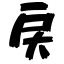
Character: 戻